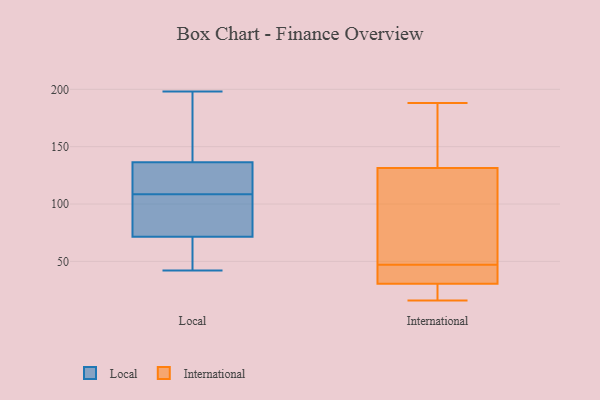
{"axis": {"x": "Satisfaction Score", "y": "Value"}, "legend": ["International", "Local"], "data": [{"x": "", "y": 112, "type": "Local"}, {"x": "", "y": 198, "type": "Local"}, {"x": "", "y": 42, "type": "Local"}, {"x": "", "y": 142, "type": "Local"}, {"x": "", "y": 105, "type": "Local"}, {"x": "", "y": 131, "type": "Local"}, {"x": "", "y": 173, "type": "Local"}, {"x": "", "y": 73, "type": "Local"}, {"x": "", "y": 44, "type": "Local"}, {"x": "", "y": 70, "type": "Local"}, {"x": "", "y": 125, "type": "Local"}, {"x": "", "y": 93, "type": "Local"}, {"x": "", "y": 182, "type": "International"}, {"x": "", "y": 78, "type": "International"}, {"x": "", "y": 119, "type": "International"}, {"x": "", "y": 26, "type": "International"}, {"x": "", "y": 42, "type": "International"}, {"x": "", "y": 169, "type": "International"}, {"x": "", "y": 21, "type": "International"}, {"x": "", "y": 32, "type": "International"}, {"x": "", "y": 188, "type": "International"}, {"x": "", "y": 43, "type": "International"}, {"x": "", "y": 16, "type": "International"}, {"x": "", "y": 47, "type": "International"}, {"x": "", "y": 62, "type": "International"}]}